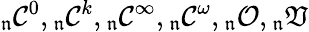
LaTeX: {_{\mathfrak{n}}{\mathcal{{C}}}^{0}},{_{\mathfrak{n}}{\mathcal{{C}}}^{k}},{_{\mathfrak{n}}{\mathcal{{C}}}^{\infty}},{_{\mathfrak{n}}{\mathcal{{C}}}^{\omega}},{_{\mathfrak{n}}{\mathcal{{O}}}},{_{\mathfrak{n}}{\mathfrak{{V}}}}